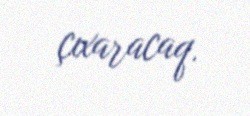
çıxaracaq.